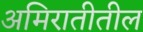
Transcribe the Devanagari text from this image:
अमिरातीतील